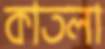
কাতলা